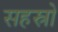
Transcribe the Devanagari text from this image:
सहस्रो